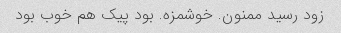
زود رسید ممنون. خوشمزه. بود پیک هم خوب بود